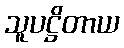
သူပဋ္ဌိတာယ